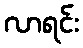
လာရင်း